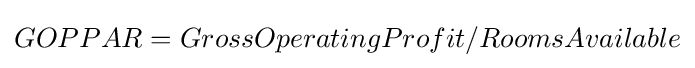
GOPPAR=GrossOperatingProfit/RoomsAvailable